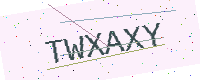
Text: TWXAXY